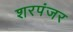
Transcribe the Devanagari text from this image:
शरपंजर